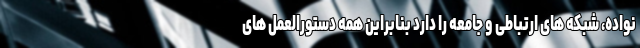
نواده، شبکه های ارتباطی و جامعه را دارد بنابراین همه دستورالعمل های